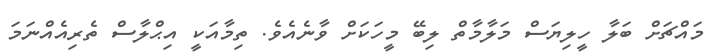
މައްޗަށް ބަލާ ހީލިޔަސް މަލާމާތް ލިބޭ މީހަކަށް ވާނެއެވެ. ތިމާއަކީ އިޙްލާސް ތެރިއެއްނަމަ